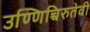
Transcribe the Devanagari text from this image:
उण्णिच्चिरुतेवी